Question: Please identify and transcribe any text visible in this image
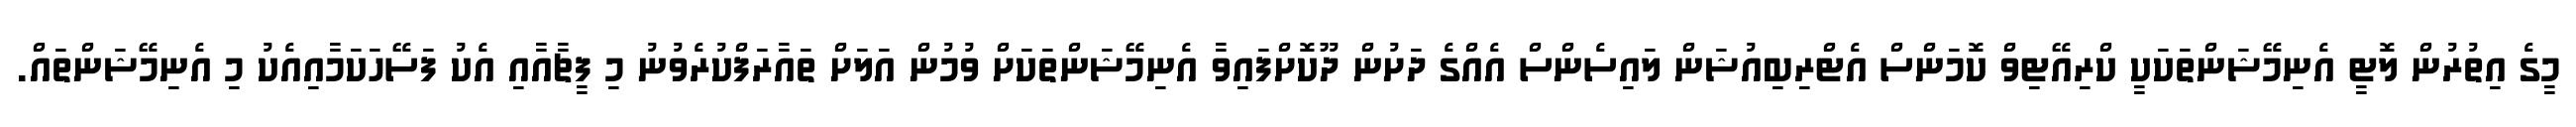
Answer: މީގެ އިތުރުން ލޮޓީ އެނިމޭޝަންތަކަކީ ކްރިއޭޓިވް ކޮމަންސް އެޓްރިބިއުޝަން ލައިސެންސް އެއްގެ ދަށުން ދޫކޮށްފައިވާ އެނިމޭޝަންތަކަށް ވުމުން އަލަށް ތައާރަފްކުރެވުނު މި ފީޗާއާއި އެކު ފަސޭހަކަމާއިއެކު މި އެނިމޭޝަންތައް.